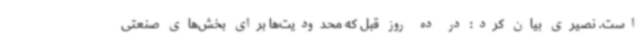
است. نصیری بیان کرد: در ده روز قبل که محدودیت‌ها برای بخش‌های صنعتی